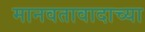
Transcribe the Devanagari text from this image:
मानवतावादाच्या